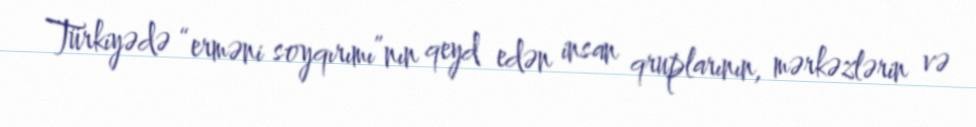
Türkiyədə “erməni soyqırımı”nın qeyd edən insan qruplarının, mərkəzlərin və